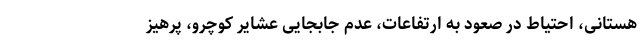
هستانی، احتیاط در صعود به ارتفاعات، عدم جابجایی عشایر کوچرو، پرهیز